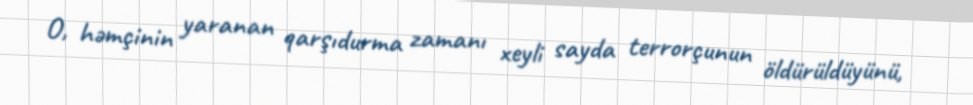
O, həmçinin yaranan qarşıdurma zamanı xeyli sayda terrorçunun öldürüldüyünü,